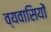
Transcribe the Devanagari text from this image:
व्यवासियों